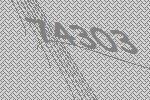
74303